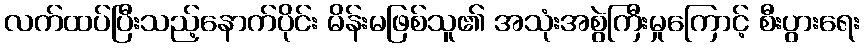
လက်ထပ်ပြီးသည့်နောက်ပိုင်း မိန်းမဖြစ်သူ၏ အသုံးအစွဲကြီးမှုကြောင့် စီးပွားရေး